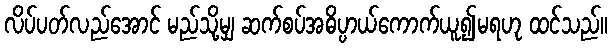
လိပ်ပတ်လည်အောင် မည်သို့မျှ ဆက်စပ်အဓိပ္ပာယ်ကောက်ယူ၍မရဟု ထင်သည်။